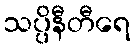
သပ္ပိနီတီရေ